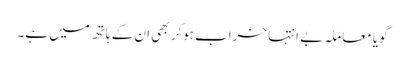
گویا معاملہ بے انتہا خراب ہوکر بھی ان کے ہاتھ میں ہے۔